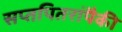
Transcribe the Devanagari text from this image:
सप्तपितरांपैकी